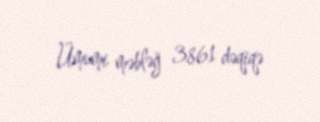
Ümumi məbləğ 3861 dəqiqə